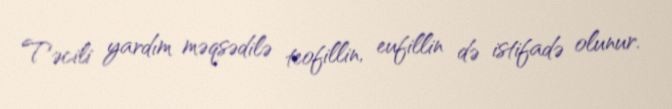
Təcili yardım məqsədilə teofillin, eufillin də istifadə olunur.